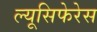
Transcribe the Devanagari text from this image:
ल्यूसिफेरेस